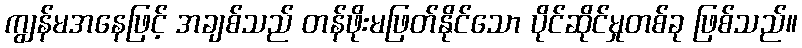
ကျွန်မအနေဖြင့် အချစ်သည် တန်ဖိုးမဖြတ်နိုင်သော ပိုင်ဆိုင်မှုတစ်ခု ဖြစ်သည်။